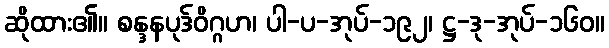
ဆိုထား၏။ စန္ဒနပုဒ်ဝိဂ္ဂဟ၊ ပါ-ပ-အုပ်-၁၉၂၊ ဋ္ဌ-ဒု-အုပ်-၁၆၀။